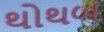
થોથબ